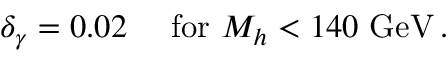
\delta _ { \gamma } = 0 . 0 2 \quad \mathrm { ~ f o r ~ } M _ { h } < 1 4 0 \mathrm { ~ G e V } \, .